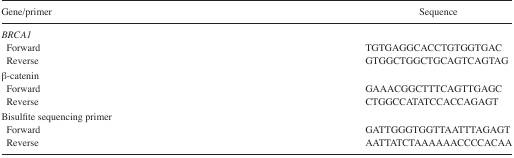
<table><thead><tr><td><b>Gene/primer</b></td><td><b>Sequence</b></td></tr></thead><tbody><tr><td colspan="2"><i>BRCA1</i></td></tr><tr><td> Forward</td><td>TGTGAGGCACCTGTGGTGAC</td></tr><tr><td> Reverse</td><td>GTGGCTGGCTGCAGTCAGTAG</td></tr><tr><td colspan="2">β-catenin</td></tr><tr><td> Forward</td><td>GAAACGGCTTTCAGTTGAGC</td></tr><tr><td> Reverse</td><td>CTGGCCATATCCACCAGAGT</td></tr><tr><td colspan="2">Bisulfite sequencing primer</td></tr><tr><td> Forward</td><td>GATTGGGTGGTTAATTTAGAGT</td></tr><tr><td> Reverse</td><td>AATTATCTAAAAAACCCCACAA</td></tr></tbody></table>